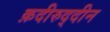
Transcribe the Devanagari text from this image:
क़दीरुद्दीन